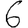
Digit: 6